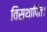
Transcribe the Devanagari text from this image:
विस्थापित।